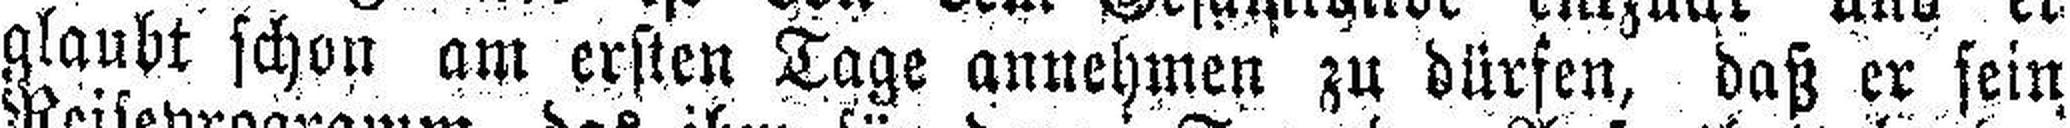
glaubt schon am ersten Tage annehmen zu dürfen, daß er sein.